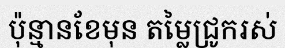
ប៉ុន្មានខែមុន តម្លៃជ្រូករស់